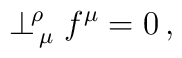
\perp^{\!\rho}_{\,\mu} f^\mu=0\, ,